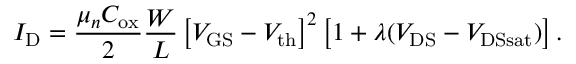
I _ { \mathrm { D } } = { \frac { \mu _ { n } C _ { \mathrm { o x } } } { 2 } } { \frac { W } { L } } \left[ V _ { \mathrm { G S } } - V _ { \mathrm { t h } } \right] ^ { 2 } \left[ 1 + \lambda ( V _ { \mathrm { D S } } - V _ { \mathrm { D S s a t } } ) \right] .